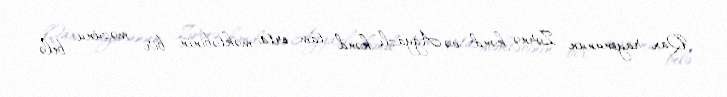
Qax rayonunun Zərnə kənd və Ağyazlı kənd tam orta məktəbinin bir məzunu belə